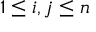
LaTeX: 1 \leq i , j \leq n